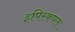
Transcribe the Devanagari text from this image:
इपिस्कपल